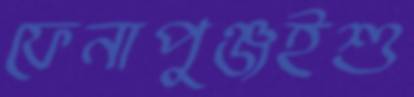
ফেনাপুঞ্জইশু